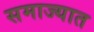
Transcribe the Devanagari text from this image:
समाज्यात